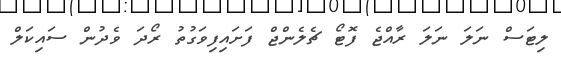
ލިޓަސް ނަލަ ނަލަ ރާއްޖެ ފޮޓޯ ޗެލެންޖް ފަށައިފިވަގުތު ރޯދަ ވެދުން ސައިކަލް